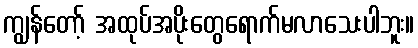
ကျွန်တော့် အထုပ်အပိုးတွေရောက်မလာသေးပါဘူး။